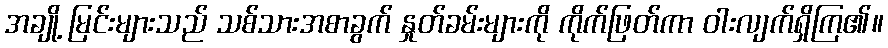
အချို့ မြင်းများသည် သစ်သားအစာခွက် နှုတ်ခမ်းများကို ကိုက်ဖြတ်ကာ ဝါးလျက်ရှိကြ၏။